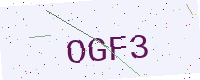
Text: OGF3